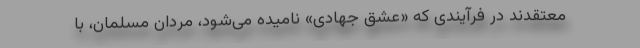
معتقدند در فرآیندی که «عشق جهادی» نامیده می‌شود، مردان مسلمان، با